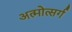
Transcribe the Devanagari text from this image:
अत्मोत्सर्ग